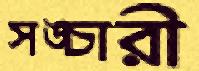
সঙ্চারী